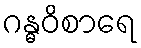
ဂန္ဓဝိစာရေ